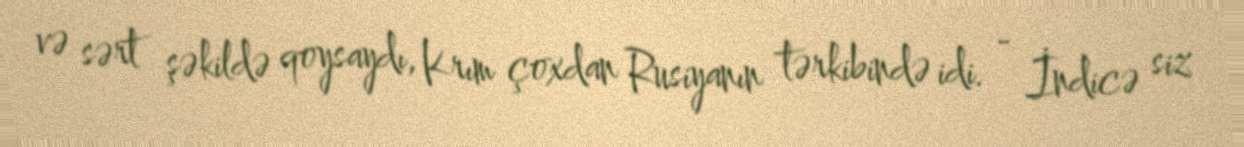
və sərt şəkildə qoysaydı, Krım çoxdan Rusiyanın tərkibində idi. - İndicə siz